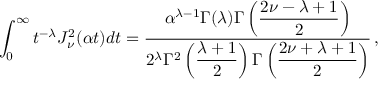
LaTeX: \int _ { 0 } ^ { \infty } t ^ { - \lambda } J _ { \nu } ^ { 2 } ( \alpha t ) d t = \frac { \alpha ^ { \lambda - 1 } \Gamma ( \lambda ) \Gamma \left( \displaystyle { \frac { 2 \nu - \lambda + 1 } { 2 } } \right) } { 2 ^ { \lambda } \Gamma ^ { 2 } \left( \displaystyle { \frac { \lambda + 1 } { 2 } } \right) \Gamma \left( \displaystyle { \frac { 2 \nu + \lambda + 1 } { 2 } } \right) } \, ,